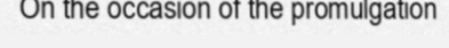
On the occasion of the promulgation